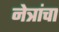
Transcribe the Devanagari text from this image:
नेत्रांचा